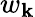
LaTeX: w_{\mathbf{k}}